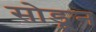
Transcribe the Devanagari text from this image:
सोडूून